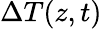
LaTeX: \Delta T(z,t)